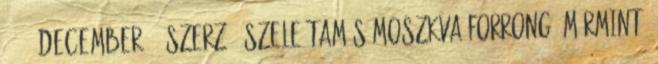
2017. december 7. Szerző: Szele Tamás Moszkva forrong, mármint,